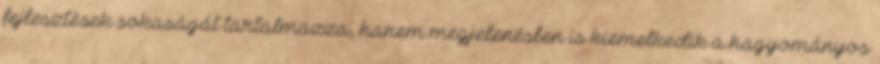
fejlesztések sokaságát tartalmazza, hanem megjelenésben is kiemelkedik a hagyományos